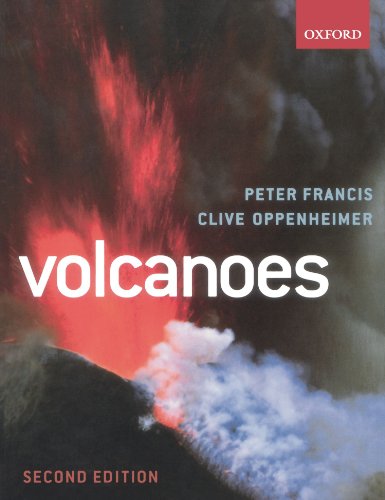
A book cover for Volcanoes; Peter Francis; Science & Math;